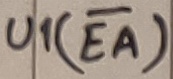
Text: U1(EA)